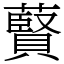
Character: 藖